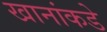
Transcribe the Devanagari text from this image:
खानांकडे